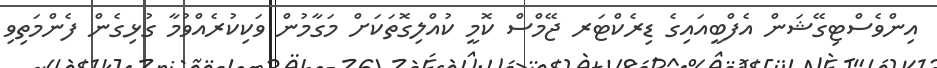
އިންވެސްޓިގޭޝަން އެފްބީއައިގެ ޑިރެކްޓަރ ޖޭމްސް ކޮމީ ކުއްލިގޮތަކަށް މަގާމުން ވަކިކުރެއްވުމާ ގުޅިގެން ފެންމަތިވި